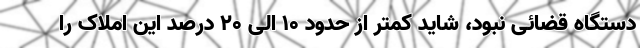
دستگاه قضائی نبود، شاید کمتر از حدود ۱۰ الی ۲۰ درصد این املاک را